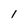
Character: 1